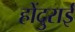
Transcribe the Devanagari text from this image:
होंदुराई